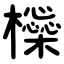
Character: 㰑